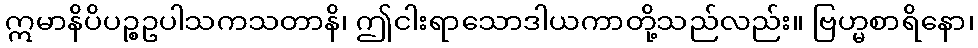
ဣမာနိပိပဉ္စဥပါသကသတာနိ၊ ဤငါးရာသောဒါယကာတို့သည်လည်း။ ဗြဟ္မစာရိနော၊